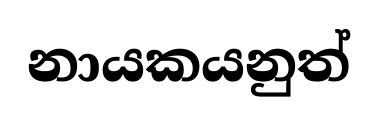
නායකයනුත්